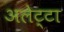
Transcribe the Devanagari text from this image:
अलेट्टा